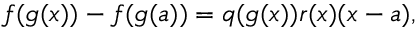
f ( g ( x ) ) - f ( g ( a ) ) = q ( g ( x ) ) r ( x ) ( x - a ) ,